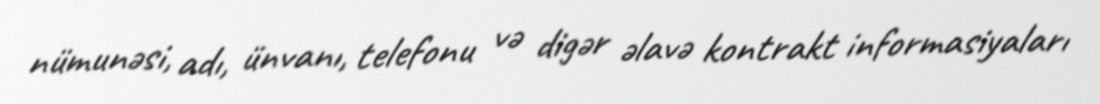
nümunəsi, adı, ünvanı, telefonu və digər əlavə kontrakt informasiyaları